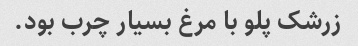
زرشک پلو با مرغ بسیار چرب بود.